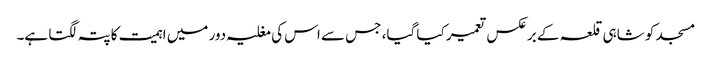
مسجد کو شاہی قلعہ کے برعکس تعمیر کیا گیا، جس سے اس کی مغلیہ دور میں اہمیت کا پتہ لگتا ہے۔